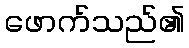
ဖောက်သည်၏